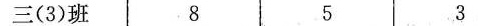
三(3)班 8 5 3